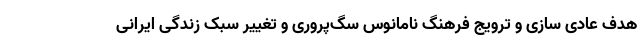
هدف عادی ‌سازی و ترویج فرهنگ نامانوس سگ‌پروری و تغییر سبک زندگی ایرانی